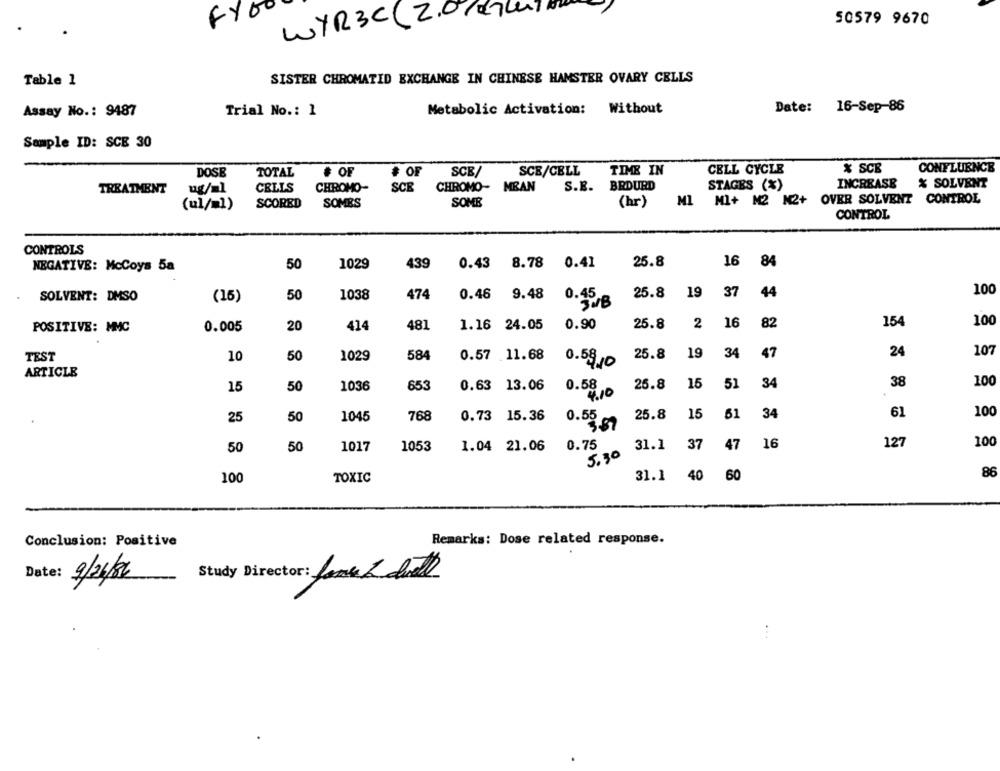
FY00
2.0/2quel
50579 9670
WYR3C
Table 1
SISTER CHROMATID EXCHANGE IN CHINESE HAMSTER OVARY CELLS
Date:
16-Sep-86
Assay No .: 9487
Trial No .: 1
Metabolic Activation: Without
Sample ID: SCE 30
% SCE
CONFLUENCE
DOSE
TOTAL
# OF
# OF
SCE/
SCE/CELL
TIME IN
CELL CYCLE
BRDURD
STAGES (%)
INCREASE
% SOLVENT
TREATMENT
CELLS
CHROMO-
SCE
CHROMO-
MEAN
S.E.
Ml+ M2 M2+ OVER SOLVENT CONTROL
(ul/=1)
SCORED
SOMES
SOME
(hr)
MI
CONTROL
CONTROLS
0.41
25.8
NEGATIVE: McCoys 5a
50
1029
439
0.43
8.78
16 84
0.46
19
37
100
SOLVENT: DMSO
(15)
50
1038
474
9.48
25.8
44
SUB
25.8
2
16
82
154
100
POSITIVE: MMC
0.005
20
414
481
1.16 24.05
0.90
25.8
19
34
47
24
107
TEST
10
50
1029
584
0.57 .11.68
0.591
ARTICLE
50
25.8
15
51
34
38
100
15
1036
653
0.63 13.06
0.58
4.10
1045
768
0.73 15.36
25.8
15
61
34
61
100
25
50
0.52
50
50
1017
1053
1.04 21.06
0.75
31.1
37
47
16
127
100
5.30
100
TOXIC
31.1
40
60
86
Remarks: Dose related response.
Conclusion: Positive
Study Director: Jone & doet
Date: 9/26/86